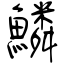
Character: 鱗